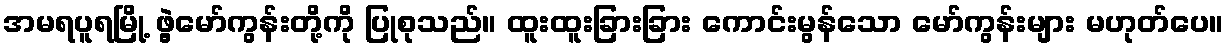
အမရပူရမြို့ ဖွဲ့မော်ကွန်းတို့ကို ပြုစုသည်။ ထူးထူးခြားခြား ကောင်းမွန်သော မော်ကွန်းများ မဟုတ်ပေ။